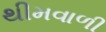
થીમવાળી